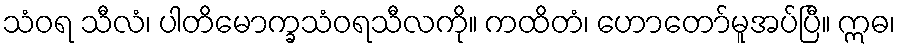
သံဝရ သီလံ၊ ပါတိမောက္ခသံဝရသီလကို။ ကထိတံ၊ ဟောတော်မူအပ်ပြီ။ ဣဓ၊